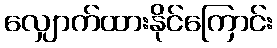
လျှောက်ထားနိုင်ကြောင်း